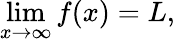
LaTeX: \operatorname*{lim}_{x\to\infty}f(x)=L,